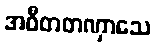
အဝီတတဏှာသေ